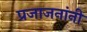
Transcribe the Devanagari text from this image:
प्रजाजनांनी